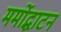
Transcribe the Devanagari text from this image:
मर्मोद्धाटन